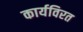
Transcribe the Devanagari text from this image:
कार्यविरत